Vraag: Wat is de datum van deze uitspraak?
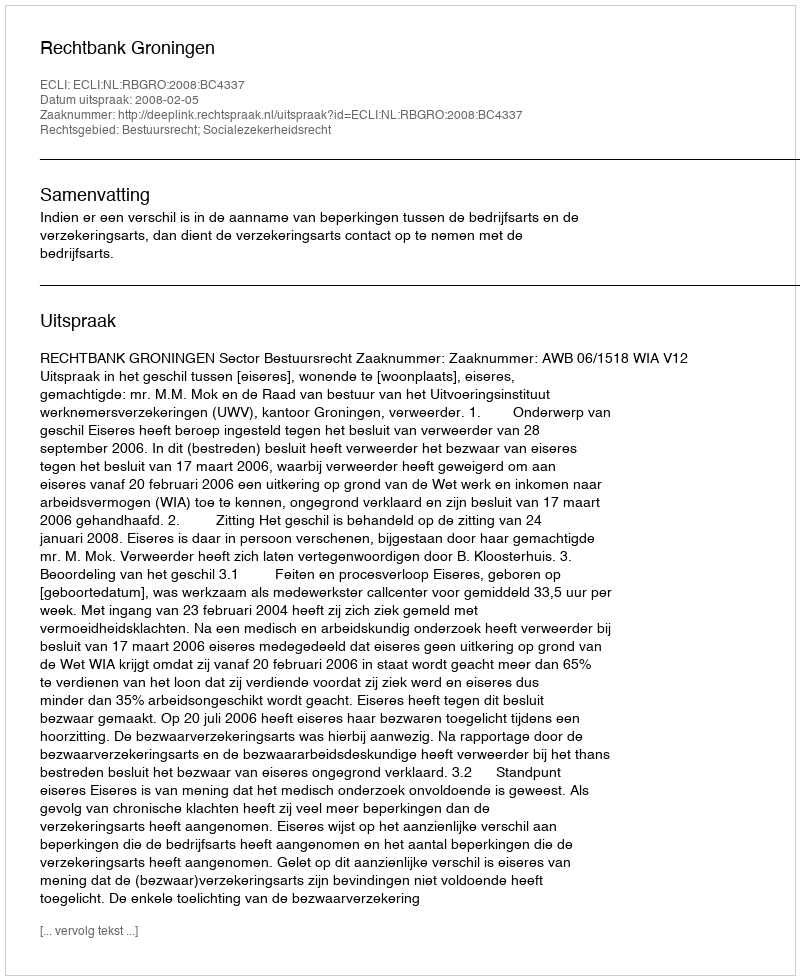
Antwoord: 2008-02-05